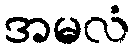
အမလံ